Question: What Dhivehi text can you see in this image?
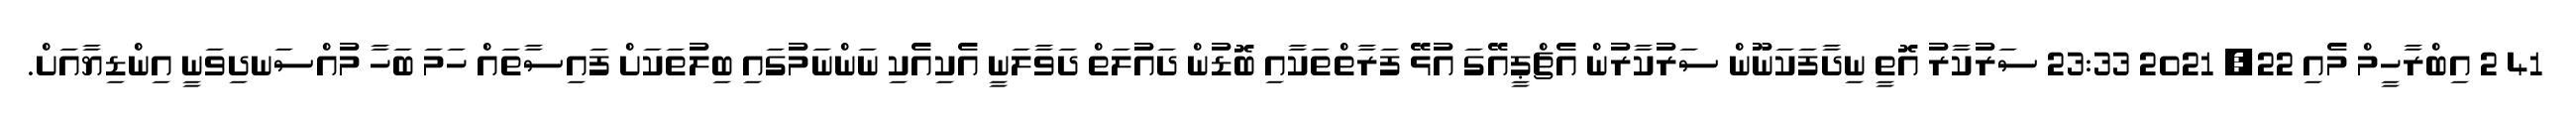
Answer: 41 2 އިބްރާހީމް މެއި 22, 2021 23:33 ސަރުކާރު އޮތީ ނިދާފަކަނޫން ސަރުކާރުން އެޗްޕީއޭގަ އުޅޭ ފަރާތްތަކާއި ބޮޑުން ދައުލަތް ދަވާލަނީ އެކިއެކި ނަންނަމުގައި ބިލުތަކަށް ފައިސާތައް ހަމަ ބަހާ މުއްސަނދިވަނީ އިންޑިޔާއަށް.